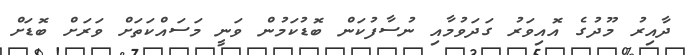
ދާއިރު މޫދުގެ އޮއިވަރު ގަދަވުމާއި ނުސާފުކަން ބޮޑުކަމުން ވަނީ މަސައްކަތަށް ވަރަށް ބޮޑަށް